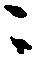
ニ